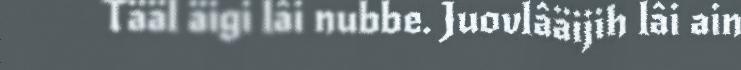
Tääl äigi lâi nubbe. Juovlâäijih lâi ain